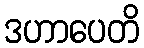
ဒဟာပေတိ